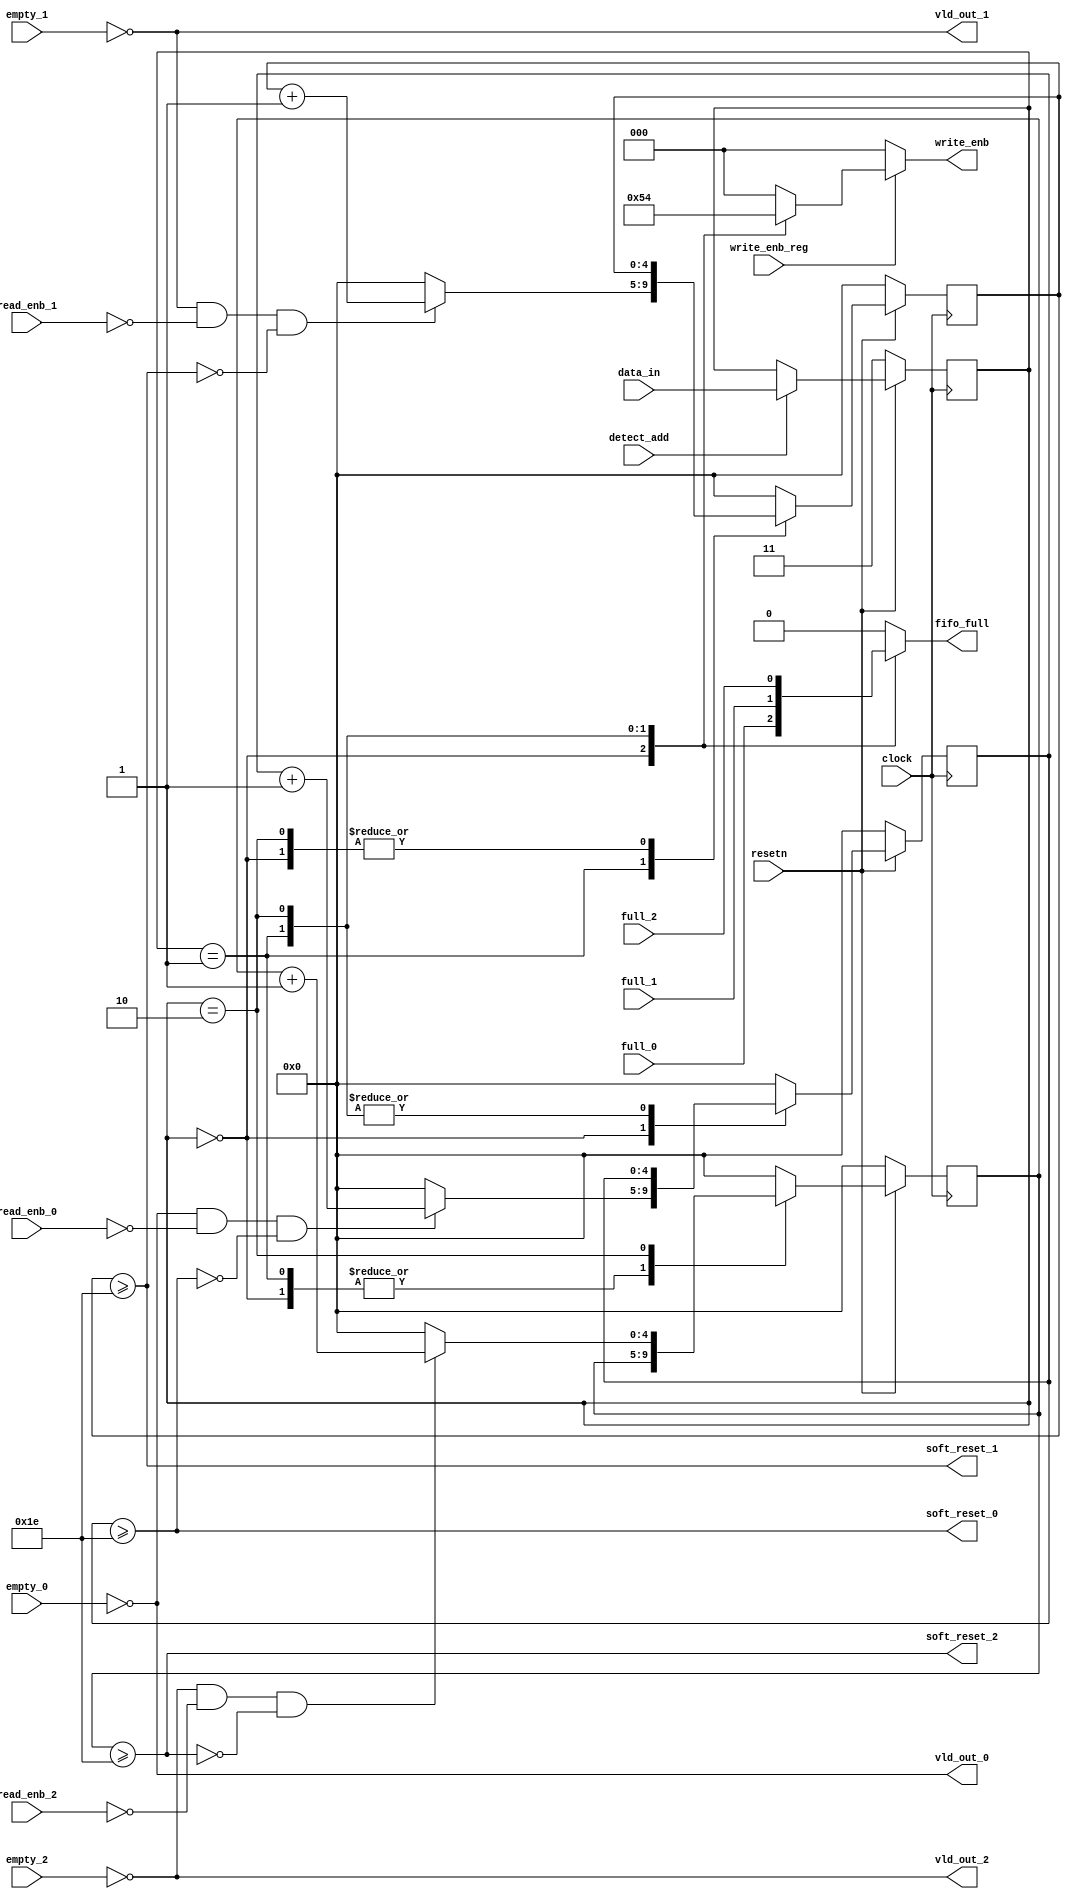
module router_sync(clock,resetn,data_in,detect_add,full_0,full_1,full_2,empty_0,empty_1,empty_2,write_enb_reg,read_enb_0,read_enb_1,read_enb_2,write_enb,fifo_full,vld_out_0,vld_out_1,vld_out_2,soft_reset_0,soft_reset_1,soft_reset_2);
       input clock,resetn,detect_add,full_0,full_1,full_2,empty_0,empty_1,empty_2,write_enb_reg,read_enb_0,read_enb_1,read_enb_2;
       input [1:0]data_in;
       output reg fifo_full;
       output vld_out_0,vld_out_1,vld_out_2,soft_reset_0,soft_reset_1,soft_reset_2;
       output reg [2:0]write_enb;
       reg[1:0]temp;
       reg[4:0]counter_0,counter_1,counter_2;

always@(posedge clock)
       begin
               if(!resetn)
               temp <= 2'b11;
               else if(detect_add) 
               temp <= data_in;
               else 
               temp <= temp;
       end
always@(*)
	begin
		case(temp)
			2'b00: fifo_full<=full_0;                                // fifo fifo_full logic
			2'b01: fifo_full<=full_1;                                
			2'b10: fifo_full<=full_2;				
			default: fifo_full<=1'b0;
		endcase
	end

assign vld_out_0 = ~empty_0;
assign vld_out_1 = ~empty_1;
assign vld_out_2 = ~empty_2;

	                                                                      
always@(*)                                                                    //write_enb_reb logic	
         begin 
				if(write_enb_reg)
				   begin
                        		case(temp)
						2'b00: write_enb<=3'b001;				
						2'b01: write_enb<=3'b010;
						2'b10: write_enb<=3'b100;
						default: write_enb<=3'b000;
					endcase
				    end
				else
					write_enb <= 3'b000;		
	end

//counter logic
always@(posedge clock)
       begin
                if(!resetn) 
                     {counter_0,counter_1,counter_2} = 0;
                     
                else
                    case(temp)
                              2'b00: begin
                                         if(vld_out_0 && (!read_enb_0) && (!soft_reset_0))
                                                   counter_0<=counter_0 + 1;
                                         else
                                                   counter_0<=0;
                                     end

                               2'b01: begin
                                         if(vld_out_1 && (!read_enb_1) && (!soft_reset_1))
                                                   counter_1<=counter_1 + 1;
                                         else
                                                   counter_1<=0;
                                     end

                               2'b10: begin
                                         if(vld_out_2 && (!read_enb_2) && (!soft_reset_2))
                                                   counter_2<=counter_2 + 1;
                                         else
                                                   counter_2<=0;
                                     end

                              default: {counter_0,counter_1,counter_2} = 0;
                     endcase
       end
 
assign soft_reset_0 = counter_0>=30;
assign soft_reset_1 = counter_1>=30;
assign soft_reset_2 = counter_2>=30;

endmodule